NASA-UAP-D6, Apollo 17 Technical Crew Debriefing, 1973
Page 2
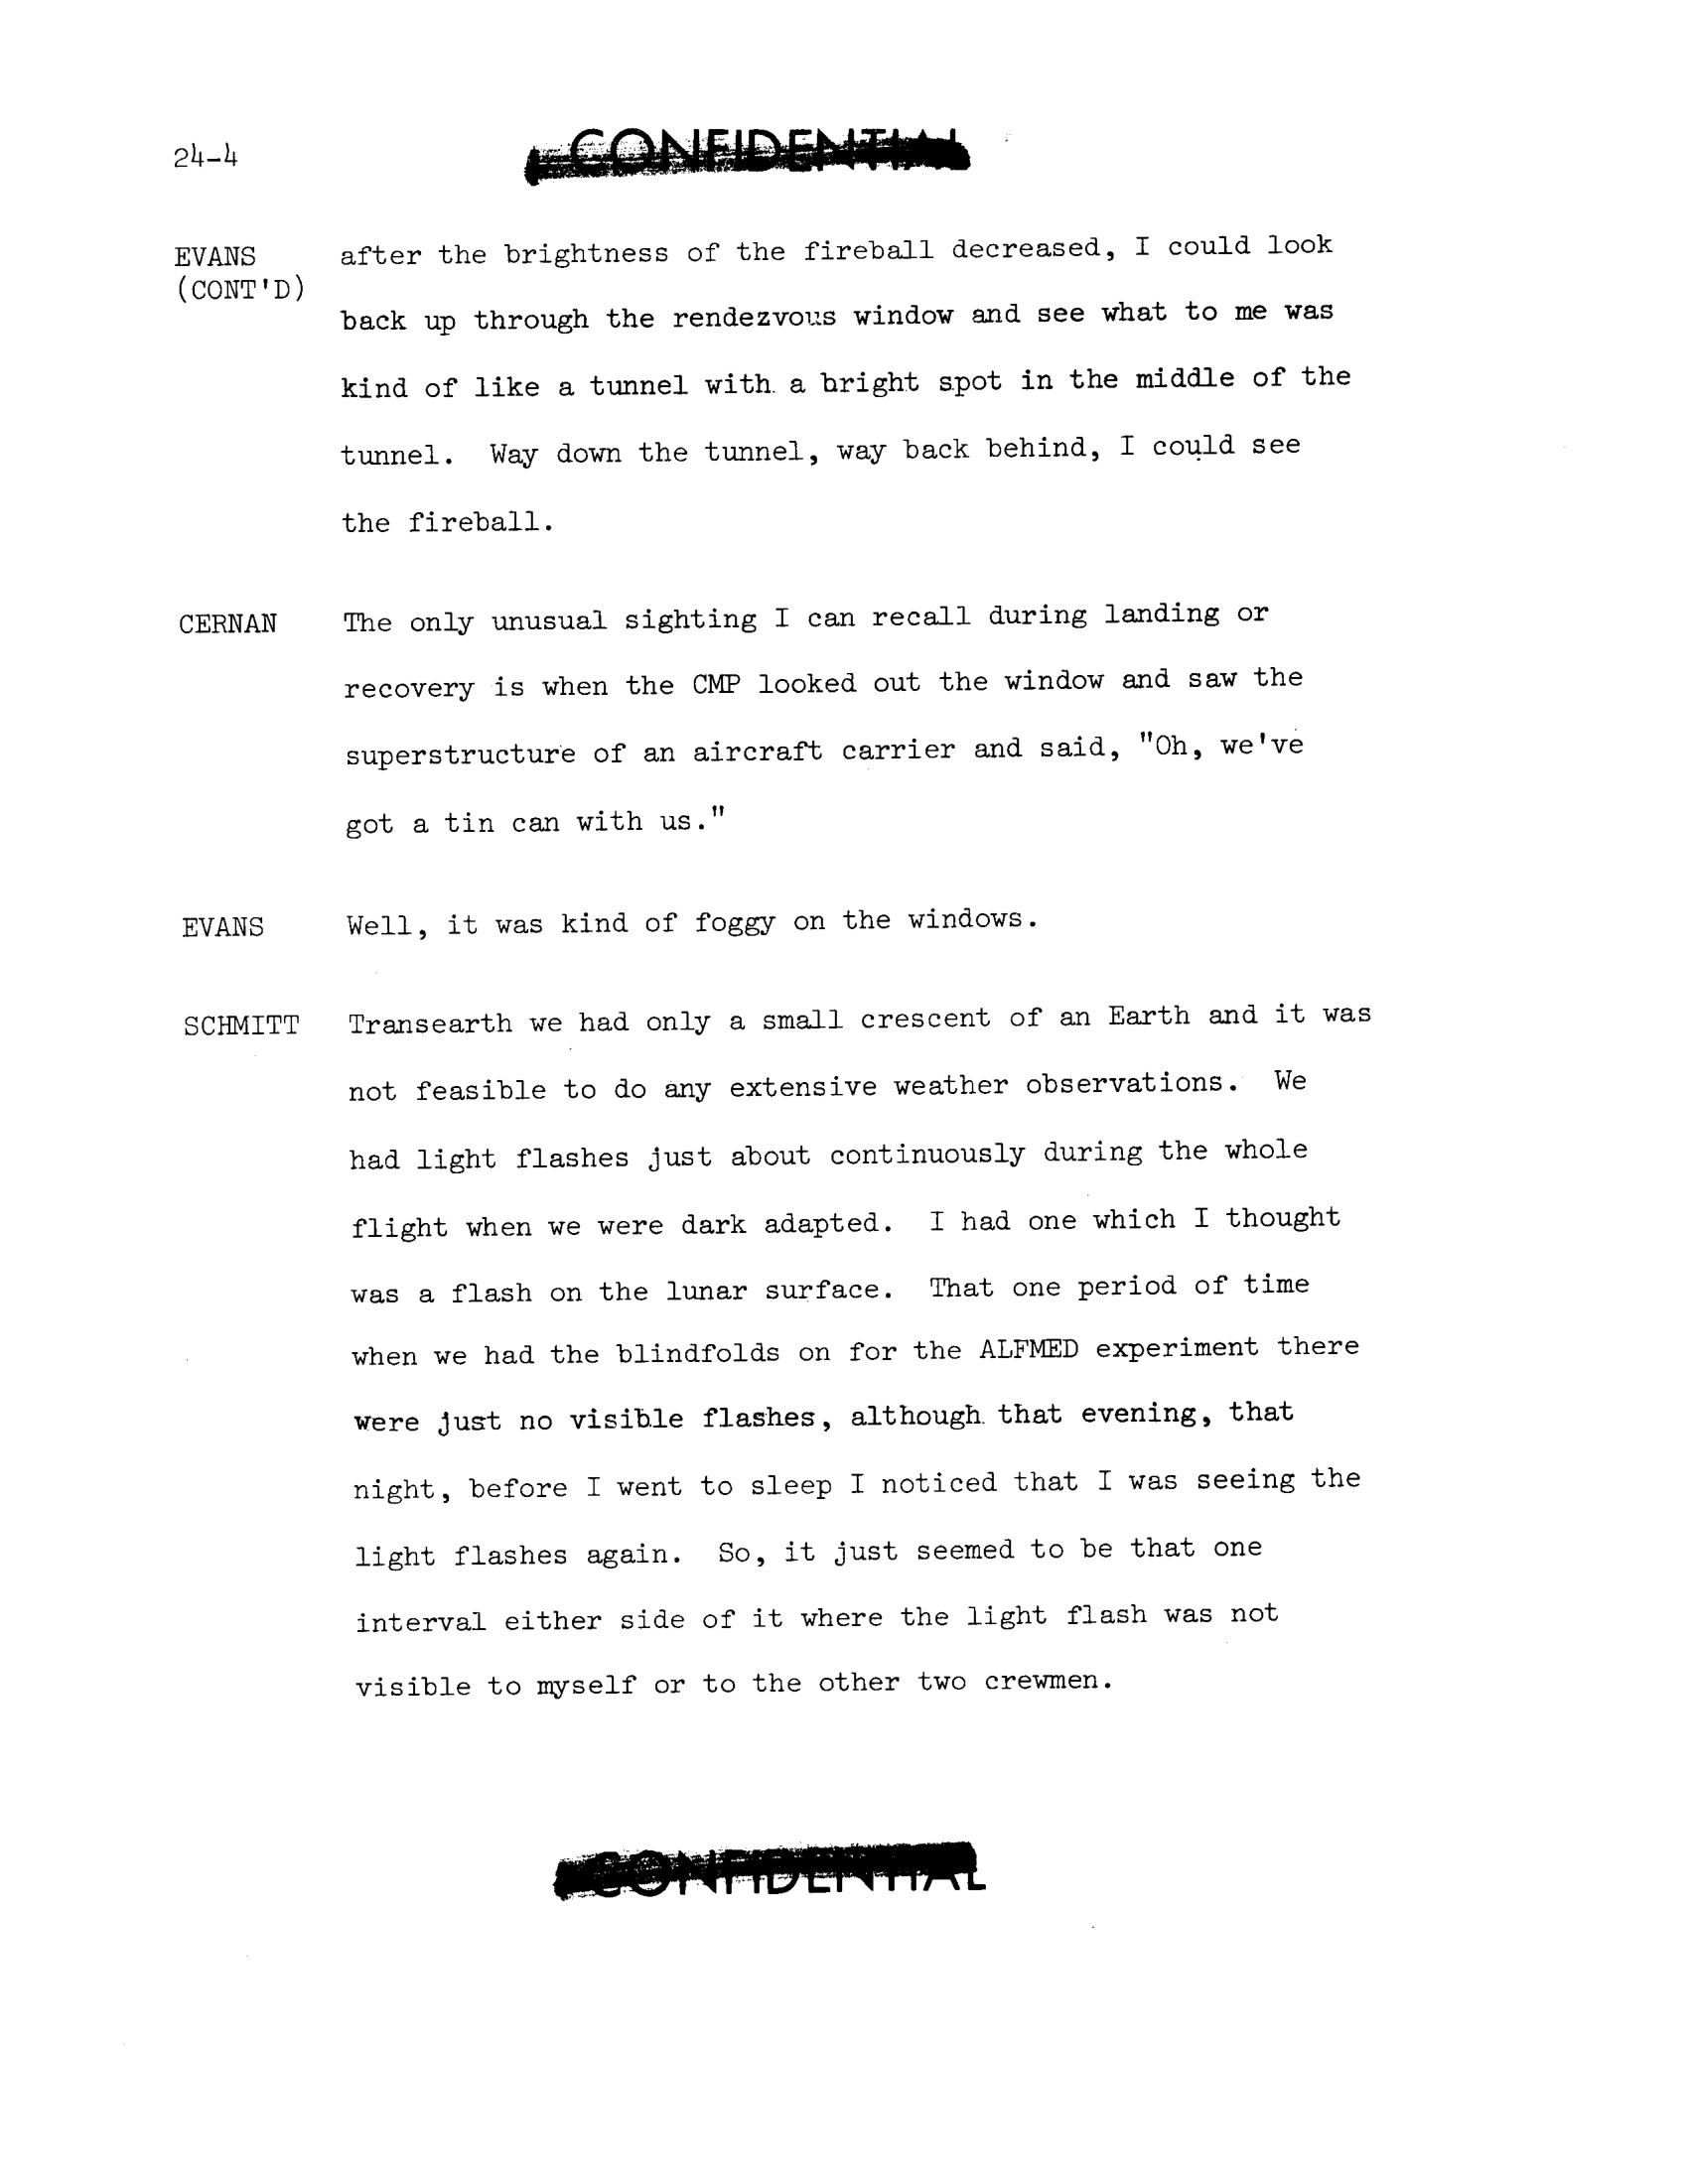